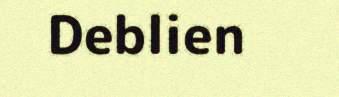
Deblien